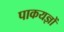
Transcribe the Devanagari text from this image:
पाकयज्ञों